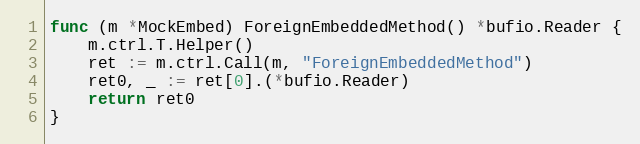
Language: Go
func (m *MockEmbed) ForeignEmbeddedMethod() *bufio.Reader {
	m.ctrl.T.Helper()
	ret := m.ctrl.Call(m, "ForeignEmbeddedMethod")
	ret0, _ := ret[0].(*bufio.Reader)
	return ret0
}